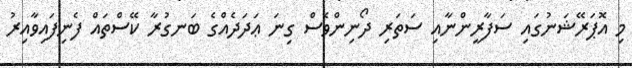
މި އޮޕަރޭޝަނުގައި ސަފާރީންނާއި ސަތަރި ދޯނިންވެސް ގިނަ ޢަދަދެއްގެ ބަނގުރާ ކޭސްތައް ފެނިފައިވާއިރު